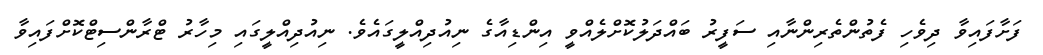
ފަށާފައިވާ ދިވެހި ފެތުންތެރިންނާއި ސަފީރު ބައްދަލުކޮށްލެއްވީ އިންޑިއާގެ ނިއުދިއްލީގައެވެ. ނިއުދިއްލީގައި މިހާރު ޓްރާންސިޓްކޮށްފައިވާ